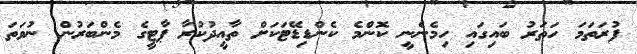
ފުރަތަމަ ހަތަރު ބައިގައި ހިމެނެނީ ކޮންމެ ކެންޑިޑޭޓަކަށް ތާއީދުކުރާ ޕާޓީގެ މެންބަރުން ނުވަތަ